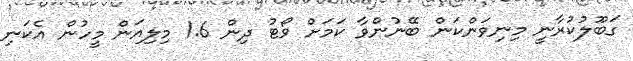
ގަބޫލުކުރާނީ މިނިވަންކަން ބޭނުންވާ ކަމަށް ވޯޓު ދިން 1.6 މިލިއަން މީހުން އެކަނި